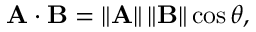
\mathbf { A } \cdot \mathbf { B } = \| \mathbf { A } \| \, \| \mathbf { B } \| \cos \theta ,